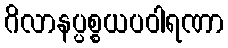
ဂိလာနပ္ပစ္စယပဝါရဏာ